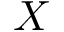
\boldsymbol { X }